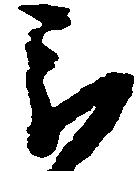
被